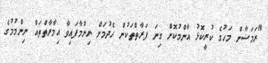
"ރަމަޟާން މަހުގެ ކުރީކޮޅު އާންމުކޮށް ގިނަ ފަރާތްތަކުން ހެދުމަށް ނިންމާފައިވާ އިމާރާތްތައް ނިންމުމުގެ